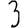
Digit: 3